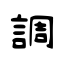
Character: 調